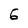
Character: 6